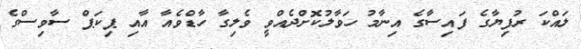
ލައްކަ ރުފިޔާގެ ފައިސާގެ އިނާމު ހަވާލުކޮށްދެއްވީ ވެލިގާ ހާޑްވެއާ އާއި ޕިކަޕް ސާވިސްގެ